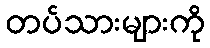
တပ်သားများကို